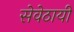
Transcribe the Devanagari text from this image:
सेवेठायी